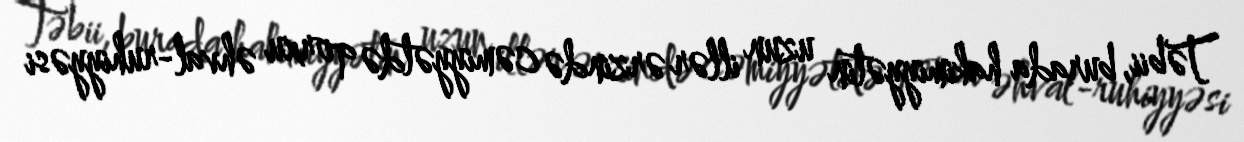
Təbii, burada hakimiyyətin uzun illər ərzində cəmiyyətdə qorxu əhval-ruhiyyəsi